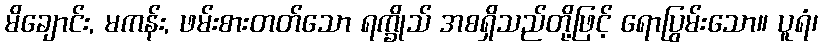
မိချောင်း, မကန်း, ဖမ်းစားတတ်သော ရက္ခိုသ် အစရှိသည်တို့ဖြင့် ရောပြွမ်းသော။ ပူရံ၊